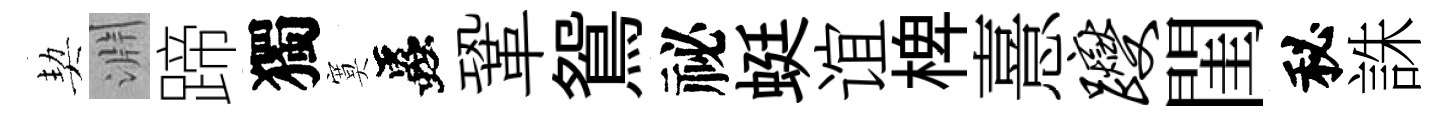
契淵蹄獨寞蟲鞏鴛祕蜓谊椑憙躞閨秘誅